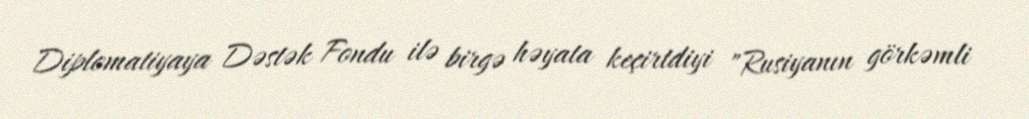
Diplomatiyaya Dəstək Fondu ilə birgə həyata keçirtdiyi "Rusiyanın görkəmli